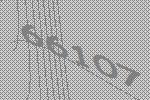
66107